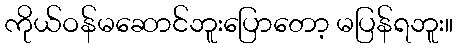
ကိုယ်ဝန်မဆောင်ဘူးပြောတော့ မပြန်ရဘူး။